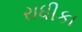
રાધીકા